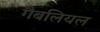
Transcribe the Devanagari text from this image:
गैबलियल